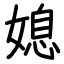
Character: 媳